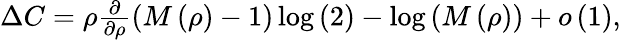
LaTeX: \begin{array}{r}{\Delta C=\rho\frac{\partial}{\partial\rho}\left(M\left(\rho\right)-1\right)\log\left(2\right)-\log\left(M\left(\rho\right)\right)+o\left(1\right),}\end{array}